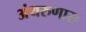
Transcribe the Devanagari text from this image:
अंथरुणास